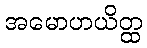
အမောဟယိတ္ထ